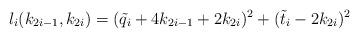
LaTeX: \begin{align*}l_i(k_{2i-1},k_{2i})=(\tilde{q}_i+4k_{2i-1}+2k_{2i})^2+(\tilde{t}_i-2k_{2i})^2\end{align*}